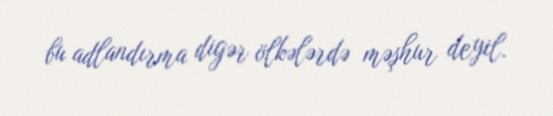
bu adlandırma digər ölkələrdə məşhur deyil.